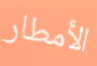
الأمطار